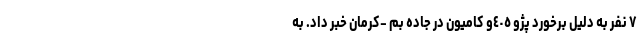
٧ نفر به دلیل برخورد پژو ٤٠٥و کامیون در جاده بم -کرمان خبر داد. به